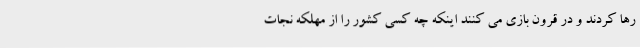
رها کردند و در قرون بازی می کنند اینکه چه کسی کشور را از مهلکه نجات